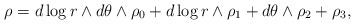
\begin{align*}\rho = d\log r \wedge d\theta \wedge \rho_0 + d\log r \wedge \rho_1 + d\theta \wedge \rho_2 + \rho_3,\end{align*}